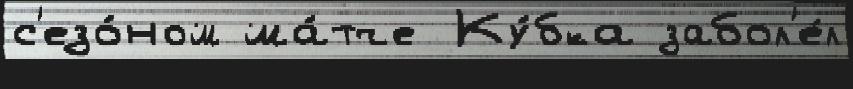
с'езо́ном ма́тче Ку́бка забол'е́л